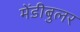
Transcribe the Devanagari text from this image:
मेंडीबुलर